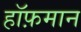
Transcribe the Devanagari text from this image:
हॉफ़मान